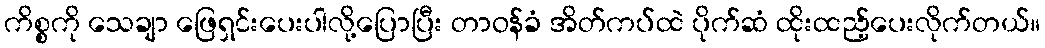
ကိစ္စကို သေချာ ဖြေရှင်းပေးပါလို့ပြောပြီး တာဝန်ခံ အိတ်ကပ်ထဲ ပိုက်ဆံ ထိုးထည့်ပေးလိုက်တယ်။